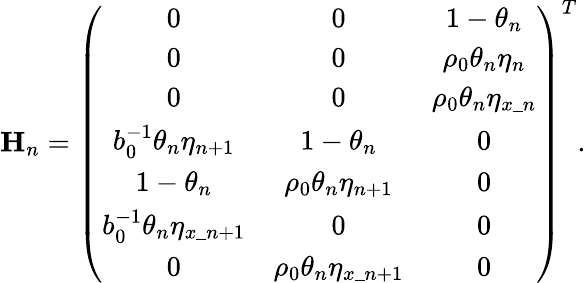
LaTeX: \textbf{H}_{n}=\left(\begin{array}{ccc}{0}&{0}&{1-\theta_{n}}\\ {0}&{0}&{\rho_{0}\theta_{n}\eta_{n}}\\ {0}&{0}&{\rho_{0}\theta_{n}\eta_{x\_ n}}\\ {b_{0}^{-1}\theta_{n}\eta_{n+1}}&{1-\theta_{n}}&{0}\\ {1-\theta_{n}}&{\rho_{0}\theta_{n}\eta_{n+1}}&{0}\\ {b_{0}^{-1}\theta_{n}\eta_{x\_ {n+1}}}&{0}&{0}\\ {0}&{\rho_{0}\theta_{n}\eta_{x\_ {n+1}}}&{0}\end{array}\right)^{T}.